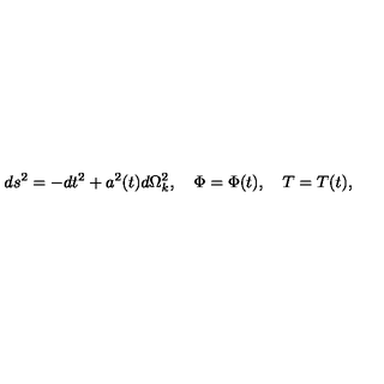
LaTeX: d s ^ { 2 } = - d t ^ { 2 } + a ^ { 2 } ( t ) d \Omega _ { k } ^ { 2 } , \quad \Phi = \Phi ( t ) , \quad T = T ( t ) ,